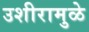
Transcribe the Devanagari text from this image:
उशीरामुळे